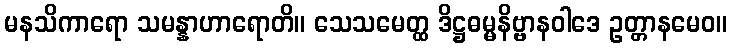
မနသိကာရော သမန္နာဟာရောတိ။ သေသမေတ္ထ ဒိဋ္ဌဓမ္မနိဗ္ဗာနဝါဒေ ဥတ္တာနမေဝ။